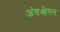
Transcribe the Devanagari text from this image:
अंतःक्षेपन